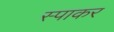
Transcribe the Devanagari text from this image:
स्पाकर